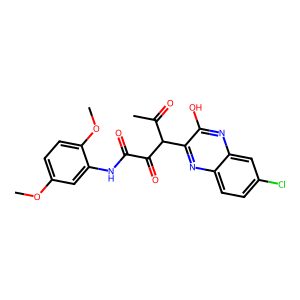
SMILES: COc1ccc(OC)c(NC(=O)C(=O)C(C(C)=O)c2nc3ccc(Cl)cc3nc2O)c1
Inhibits HIV replication: No